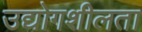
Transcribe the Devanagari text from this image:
उद्योगशीलता